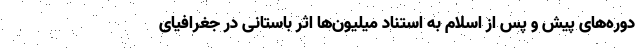
دوره‌های پیش و پس از اسلام به استناد میلیون‌ها اثر باستانی در جغرافیای